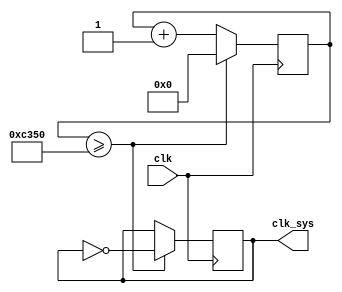
`timescale 1ns / 1ps

module clk_div(
    input clk,
    output reg clk_sys = 0
    );
    
    reg [25:0] div_counter = 0;
    always @(posedge clk) begin
        if(div_counter >= 50000) begin
            clk_sys <= ~clk_sys;
            div_counter <= 0;
        end
        else div_counter <= div_counter + 1;
    end
    
endmodule